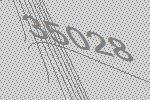
35028